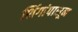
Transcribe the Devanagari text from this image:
शिंगांपासून